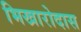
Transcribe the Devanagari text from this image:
भिखारोदास